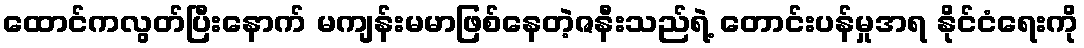
ထောင်ကလွတ်ပြီးနောက် မကျန်းမမာဖြစ်နေတဲ့ဇနီးသည်ရဲ့ တောင်းပန်မှုအရ နိုင်ငံရေးကို